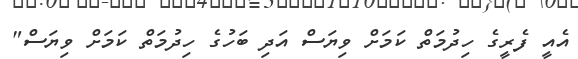
އެއީ ފެރީގެ ހިދުމަތް ކަމަށް ވިޔަސް އަދި ބަހުގެ ހިދުމަތް ކަމަށް ވިޔަސް"